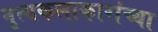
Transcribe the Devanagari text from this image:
नृत्यकलाकारांच्या